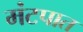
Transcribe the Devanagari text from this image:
मंटपात